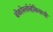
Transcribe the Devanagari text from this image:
चेकोस्लोव्हेकियाची